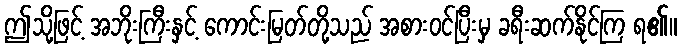
ဤသို့ဖြင့် အဘိုးကြီးနှင့် ကောင်းမြတ်တို့သည် အစားဝင်ပြီးမှ ခရီးဆက်နိုင်ကြ ရ၏။